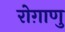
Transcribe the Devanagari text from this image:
रोग़ाणु